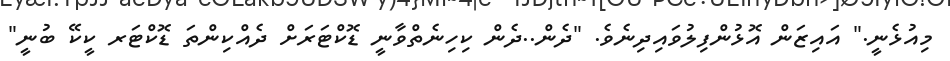
މިއުޅެނީ." އައިޒަން އޮޅުންފިލުވައިދިނެވެ. "ދެން..ދެން ކިހިނެތްވާނީ ޑޮކްޓަރަށް ދެއްކިންތަ ޑޮކްޓަރ ކީކޭ ބުނީ"